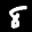
Label: 8